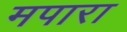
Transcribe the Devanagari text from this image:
मपारा